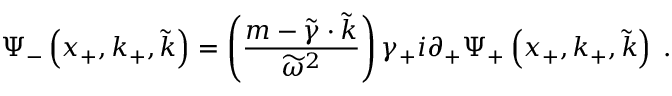
\Psi _ { - } \left( x _ { + } , k _ { + } , \widetilde { k } \right) = \left( { \frac { m - \widetilde { \gamma } \cdot \widetilde { k } } { \widetilde { \omega } ^ { 2 } } } \right) \gamma _ { + } i \partial _ { + } \Psi _ { + } \left( x _ { + } , k _ { + } , \widetilde { k } \right) \; .